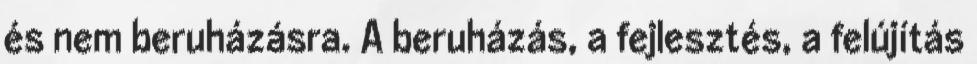
és nem beruházásra. A beruházás, a fejlesztés, a felújítás